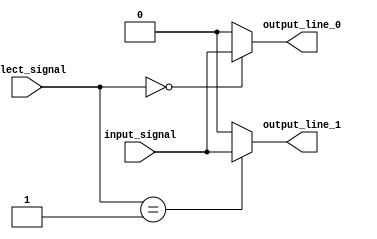
module demultiplexer (
  input wire input_signal,
  input wire [1:0] select_signal,
  output reg output_line_0,
  output reg output_line_1
);

always @ (select_signal or input_signal) begin
  case (select_signal)
    2'b00: begin // When select signal is 00
      output_line_0 = input_signal;
      output_line_1 = 1'b0;
    end
    2'b01: begin // When select signal is 01
      output_line_0 = 1'b0;
      output_line_1 = input_signal;
    end
    default: begin // When select signal is 10 or 11
      output_line_0 = 1'b0;
      output_line_1 = 1'b0;
    end
  endcase
end

endmodule